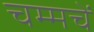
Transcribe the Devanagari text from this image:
चम्मचें